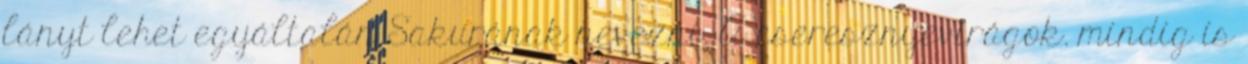
lányt lehet egyáltalán Sakurának nevezni. A cseresznyevirágok. mindig is